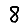
Digit: 8